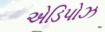
એડિપોઝ